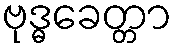
ဗုဒ္ဓခေတ္တာ